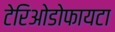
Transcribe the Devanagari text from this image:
टेरिओडोफायटा